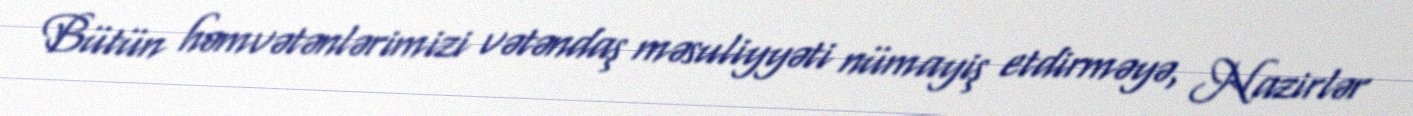
Bütün həmvətənlərimizi vətəndaş məsuliyyəti nümayiş etdirməyə, Nazirlər